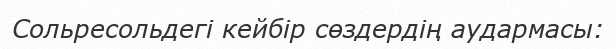
Сольресольдегі кейбір сөздердің аудармасы: